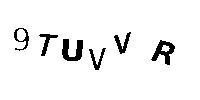
9TUVVR